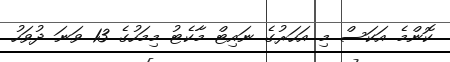
ކޮންމެ އަކަސް މި އަހަރުގެ ނައިޓް މާކެޓު މިމަހުގެ 13 ވަނަ ދުވަހު